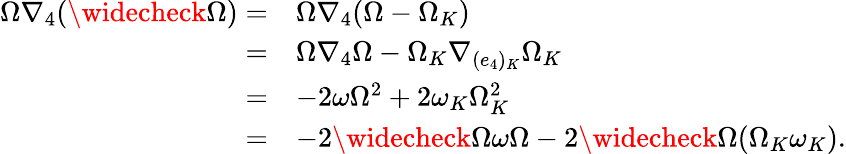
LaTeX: \begin{array}{rl}{\Omega\nabla_{4}(\widecheck{\Omega})=}&{\Omega\nabla_{4}(\Omega-\Omega_{K})}\\ {=}&{\Omega\nabla_{4}\Omega-\Omega_{K}\nabla_{(e_{4})_{K}}\Omega_{K}}\\ {=}&{-2\omega\Omega^{2}+2\omega_{K}\Omega_{K}^{2}}\\ {=}&{-2\widecheck{\Omega\omega}\Omega-2\widecheck{\Omega}(\Omega_{K}\omega_{K}).}\end{array}